Specificity of antivenomous sera, with special reference to a serum prepared with the venom of Daboia russellii - Number 16
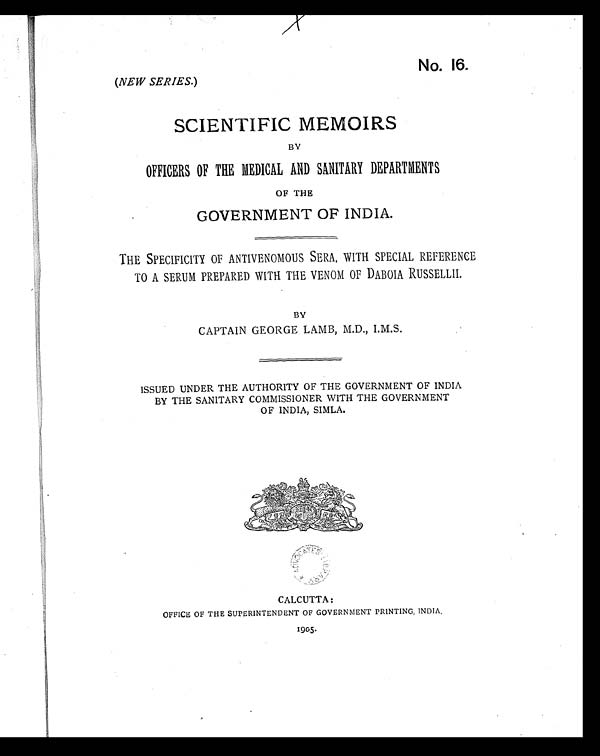
No. 16.
(NEW SERIES.)
SCIENTIFIC MEMOIRS
BY
OFFICERS OF THE MEDICAL AND SANITARY DEPARTMENTS
OF THE
GOVERNMENT OF INDIA.
THE SPECIFICITY OF ANTIVENOMOUS SERA, WITH SPECIAL REFERENCE
TO A SERUM PREPARED WITH THE VENOM OF DABOIA RUSSELLII.
BY
CAPTAIN GEORGE LAMB, M.D., I.M.S.
ISSUED UNDER THE AUTHORITY OF THE GOVERNMENT OF INDIA
BY THE SANITARY COMMISSIONER WITH THE GOVERNMENT
OF INDIA, SIMLA.
CALCUTTA:
OFFICE OF THE SUPERINTENDENT OF GOVERNMENT PRINTING, INDIA.
1905.